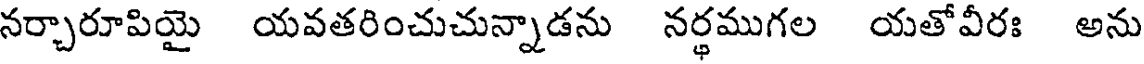
నర్చారూపియై యవతరించుచున్నాడను నర్థముగల యతోవీరః అను